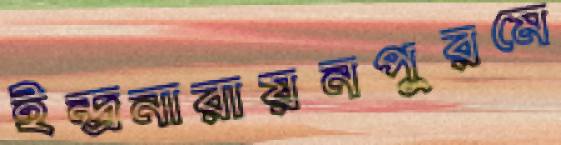
ইন্দ্রনারায়নপুরমে